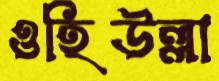
ওহিউল্লা